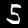
Digit: 5